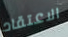
الاعتقاد